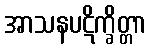
အာသနပဋိက္ခိတ္တာ